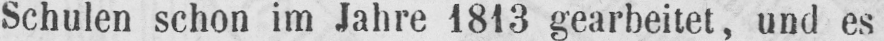
Schulen schon im Jahre 1813 gearbeitet, und es